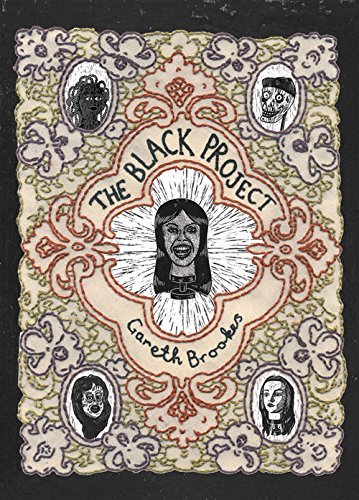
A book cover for The Black Project; Gareth Brookes; Literature & Fiction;